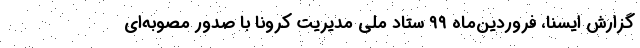
گزارش ایسنا، فروردین‌ماه ۹۹ ستاد ملی مدیریت کرونا با صدور مصوبه‌ای